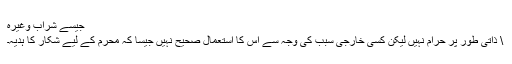
جیسے شراب وغیرہ
\ ذاتی طور پر حرام نہیں لیکن کسی خارجی سبب کی وجہ سے اس کا استعمال صحیح نہیں جیسا کہ محرم کے لیے شکار کا ہدیہ۔